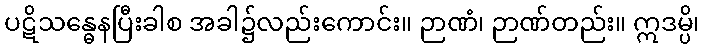
ပဋိသန္ဓေနပြီးခါစ အခါ၌လည်းကောင်း။ ဉာဏံ၊ ဉာဏ်တည်း။ ဣဒမ္ပိ၊